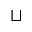
\sqcup